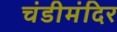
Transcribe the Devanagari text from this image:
चंडीमंदिर